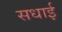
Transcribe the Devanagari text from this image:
सधाई